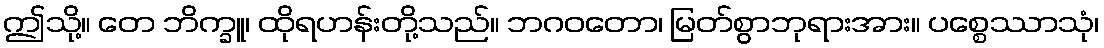
ဤသို့။ တေ ဘိက္ခူ၊ ထိုရဟန်းတို့သည်။ ဘဂဝတော၊ မြတ်စွာဘုရားအား။ ပစ္စေဿာသုံ၊